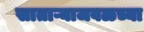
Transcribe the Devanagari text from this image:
साताऱ्याजवळच्या